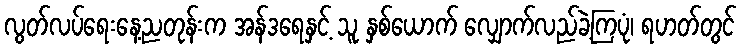
လွတ်လပ်ရေးနေ့ညတုန်းက အန်ဒရေနှင့် သူ နှစ်ယောက် လျှောက်လည်ခဲ့ကြပုံ၊ ရဟတ်တွင်